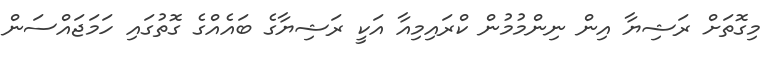
މިގޮތަށް ރަޝިޔާ އިން ނިންމުމުން ކްރައިމިއާ އަކީ ރަޝިޔާގެ ބައެއްގެ ގޮތުގައި ހަމަޖައްސަން